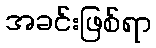
အခင်းဖြစ်ရာ